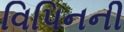
વિપિનની